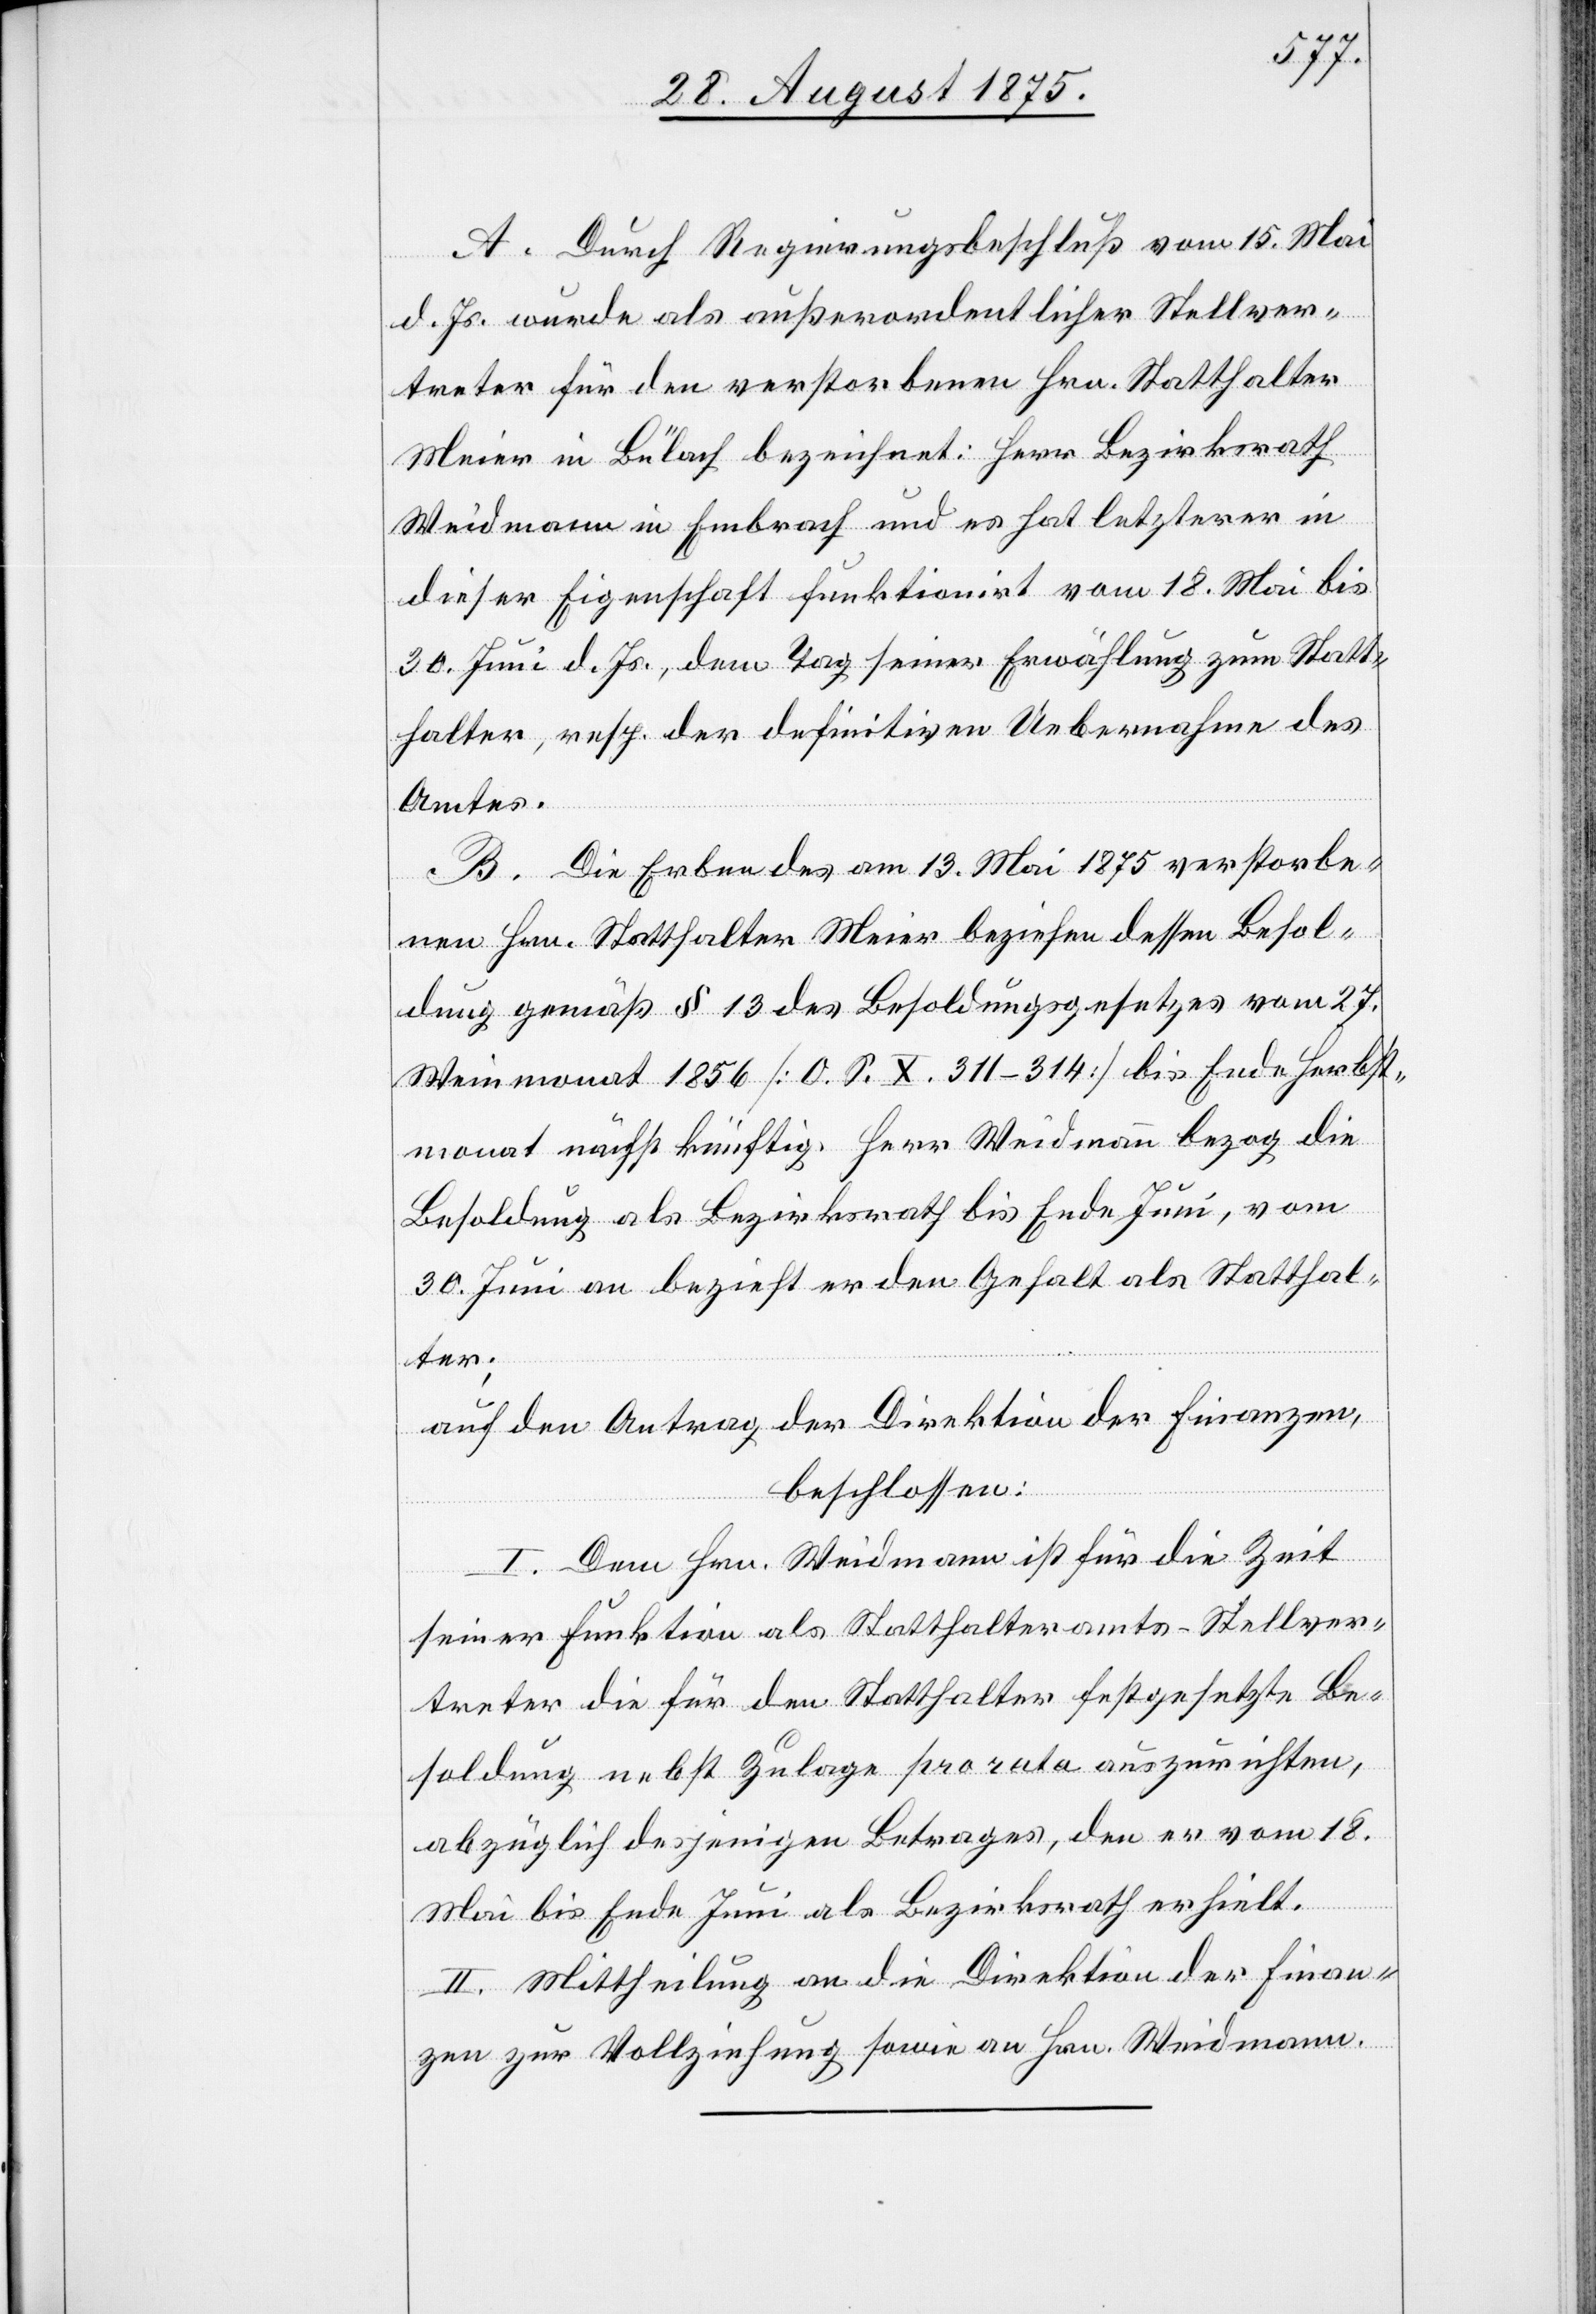
A. Durch Regierungsbeschluß vom 15. Mai
d. Js. wurde als außerordentlicher Stellver¬
treter für den verstorbenen Hrn. Statthalter
Meier in Bülach bezeichnet: Herr Bezirksrath
Weidmann in Embrach und es hat letzterer in
dieser Eigenschaft funktionirt vom 18. Mai bis
30. Juni d. Js., dem Tag seiner Erwählung zum Statt¬
halter, resp. der definitiven Uebernahme des
Amtes.
B. Die Erben des am 13 Mai 1875 verstorbe¬
nen Hrn. Statthalter Meier beziehen dessen Besol¬
dung gemäß § 13 des Besoldungsgesetzes vom 27.
Weinmonat 1856 [O. S. X. 311–314] bis Ende Herbst¬
monat nächstkünftig. Herr Weidmann bezog die
Besoldung als Bezirksrath bis Ende Juni, vom
30. Juni an bezieht er den Gehalt als Statthal¬
ter;
auf den Antrag der Direktion der Finanzen,
beschlossen:
I. Dem Hrn. Weidmann ist für die Zeit
seiner Funktion als Statthalteramts-Stellver¬
treter die für den Statthalter festgesetzte Be¬
soldung nebst Zulage pro rata auszurichten,
abzüglich desjenigen Betrages, den er vom 18.
Mai bis Ende Juni als Bezirksrath erhielt.
II. Mittheilung an die Direktion der Finan¬
zen zur Vollziehung sowie an Hrn. Weimann.